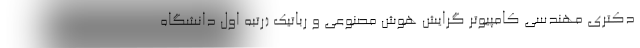
دکتری مهندسی کامپیوتر گرایش هوش مصنوعی و رباتیک (رتبه اول دانشگاه